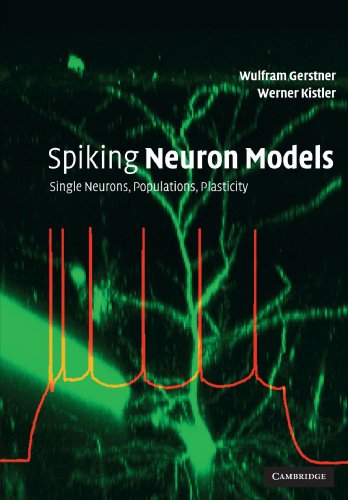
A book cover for Spiking Neuron Models: Single Neurons, Populations, Plasticity; Wulfram Gerstner; Computers & Technology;